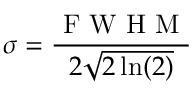
\sigma = \frac { \mathrm { ~ F ~ W ~ H ~ M ~ } } { 2 \sqrt { 2 \ln ( 2 ) } }